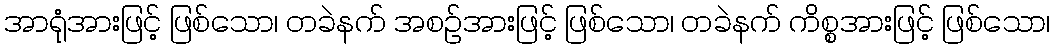
အာရုံအားဖြင့် ဖြစ်သော၊ တခဲနက် အစဉ်အားဖြင့် ဖြစ်သော၊ တခဲနက် ကိစ္စအားဖြင့် ဖြစ်သော၊